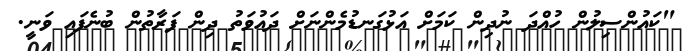
"ކައުންސިލުން ހުއްދަ ނުދިން ކަމަށް އަޅުގަނޑުމެންނަށް ދައުވަތު ދިން ފަރާތުން ބުނެފައި ވަނީ.